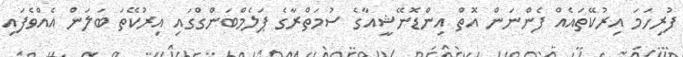
ފުރިހަމަ އިރުކޭތައެއް ފެންނަން އޮތް އިންޑޮނޭޝީއާގެ ސުމަތްރާގެ ޕަލެމްބަންގްގައި އިރުކޭތަ ބަލަން އެއްވެފައި